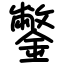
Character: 鐅